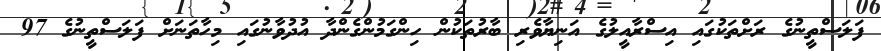
ފަލަސްތީނުގެ ރަށްތަކުގައި އިސްރާއީލުގެ އަނިޔާވެރި ބާރުތަކުން ހިންގަމުންގެންދާ އުދުވާނުގައި މިހާތަނަށް ފަލަސްތީނުގެ 97